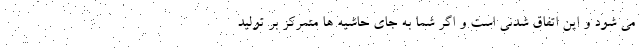
می شود و این اتفاق شدنی است و اگر شما به جای حاشیه ها متمرکز بر تولید